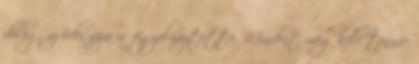
dolog, az édesapja is figyelmeztette. Mindent meg kell tennie,